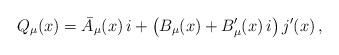
LaTeX: \begin{align*}Q_{\mu}(x) = \bar{A}_{\mu}(x)\,i + \left(B_{\mu}(x)+ B'_{\mu}(x)\,i\right) j'(x)\,,\end{align*}